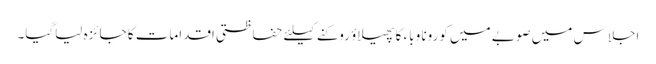
اجلاس میں صوبے میں کورونا وباء کا پھیلاؤ روکنے کیلئے حفاظتی اقدامات کا جا ئزہ لیاگیا۔